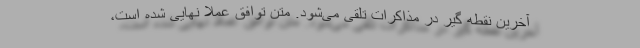
آخرین نقطه گیر در مذاکرات تلقی می‌شود. متن توافق عملا نهایی شده است،